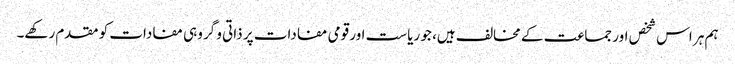
ہم ہر اس شخص اور جماعت کے مخالف ہیں، جو ریاست اور قومی مفادات پر ذاتی و گروہی مفادات کو مقدم رکھے۔